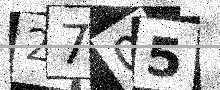
Text: 2705